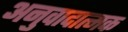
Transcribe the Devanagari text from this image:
अनुवादात्मक